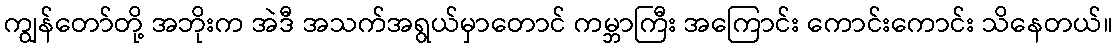
ကျွန်တော်တို့ အဘိုးက အဲဒီ အသက်အရွယ်မှာတောင် ကမ္ဘာကြီး အကြောင်း ကောင်းကောင်း သိနေတယ်။